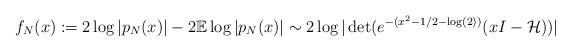
LaTeX: \begin{align*}f_{N}(x) &:= 2\log|p_{N}(x)|-2\mathbb{E}\log|p_{N}(x)| \sim 2\log|\det(e^{-(x^{2}-1/2-\log(2))}(xI-\mathcal{H}))|\end{align*}